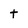
Character: t